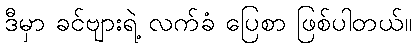
ဒီမှာ ခင်ဗျားရဲ့ လက်ခံ ပြေစာ ဖြစ်ပါတယ်။